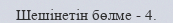
Шешінетін бөлме - 4.